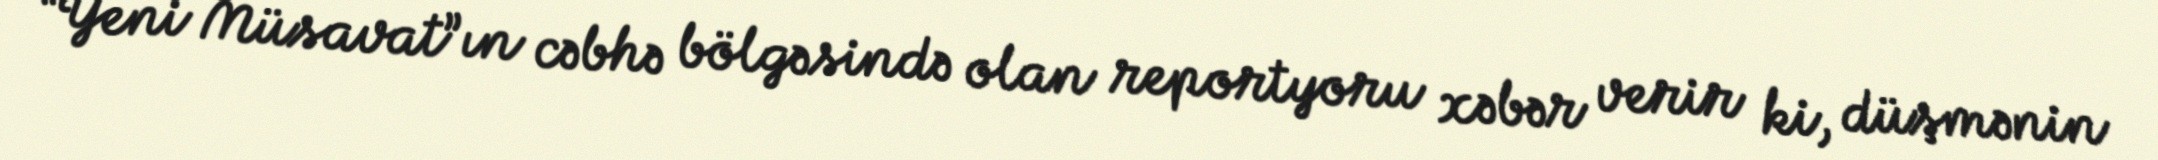
“Yeni Müsavat”ın cəbhə bölgəsində olan reportyoru xəbər verir ki, düşmənin